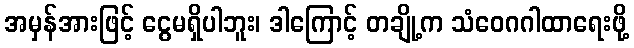
အမှန်အားဖြင့် ငွေမရှိပါဘူး၊ ဒါကြောင့် တချို့က သံဝေဂဂါထာရေးဖို့